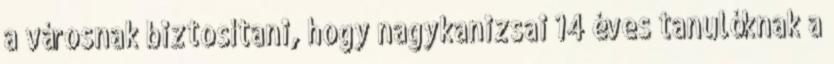
a városnak biztosítani, hogy nagykanizsai 14 éves tanulóknak a